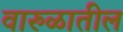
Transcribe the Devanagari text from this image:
वारुळातील